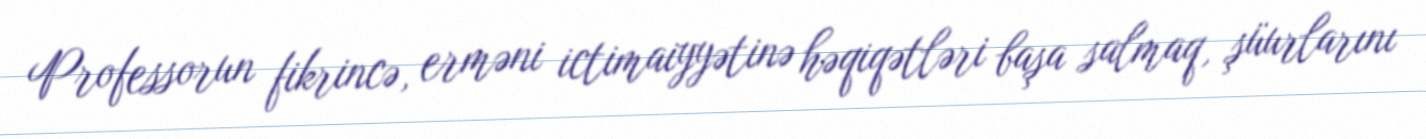
Professorun fikrincə, erməni ictimaiyyətinə həqiqətləri başa salmaq, şüurlarını